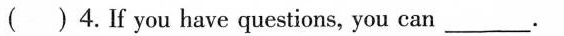
()4.If you have questions, you can___.